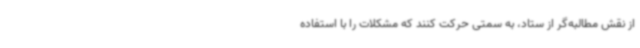
از نقش مطالبه‌گر از ستاد، به سمتی حرکت کنند که مشکلات را با استفاده